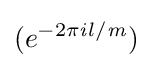
(e^{-2\pi {\mathit {i}}l/{\mathit {m}}})